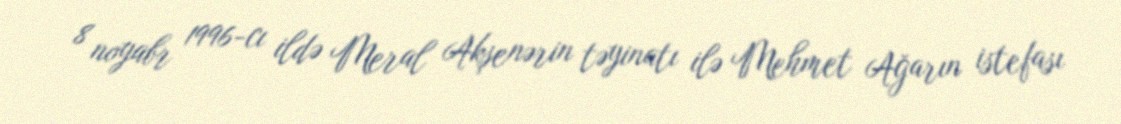
8 noyabr 1996-cı ildə Meral Akşenərin təyinatı ilə Mehmet Ağarın istefası